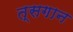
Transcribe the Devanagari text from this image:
त्सगान